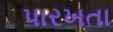
પારખતા